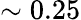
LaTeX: \sim 0.25